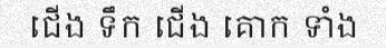
ជើង ទឹក ជើង គោក ទាំង